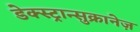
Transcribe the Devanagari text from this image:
डेक्स्ट्रान्सुक्रानेज़